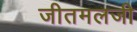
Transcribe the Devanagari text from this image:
जीतमलजी